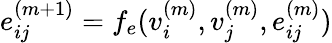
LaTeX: e_{ij}^{(m+1)}=f_{e}(v_{i}^{(m)},v_{j}^{(m)},e_{ij}^{(m)})